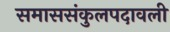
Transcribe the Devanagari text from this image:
समाससंकुलपदावली